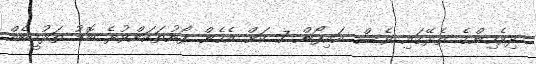
ދިވެހިންގެ ތެރޭގައި ވެސް އައިފޯން 7 ކަށް އެހެން ފޯނުތަކަށްވުރެ ބޮޑު ތަރުހީބެއް